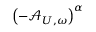
\left( - \mathcal { A } _ { U , \omega } \right) ^ { \alpha }